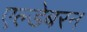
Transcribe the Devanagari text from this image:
एल्डेबरन